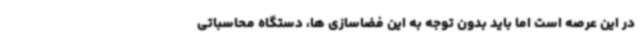
در این عرصه است اما باید بدون توجه به این فضاسازی ها، دستگاه محاسباتی